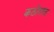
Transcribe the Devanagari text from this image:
कठोरात